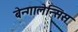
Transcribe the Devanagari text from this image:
बेन्गालेन्सिस